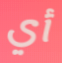
أي